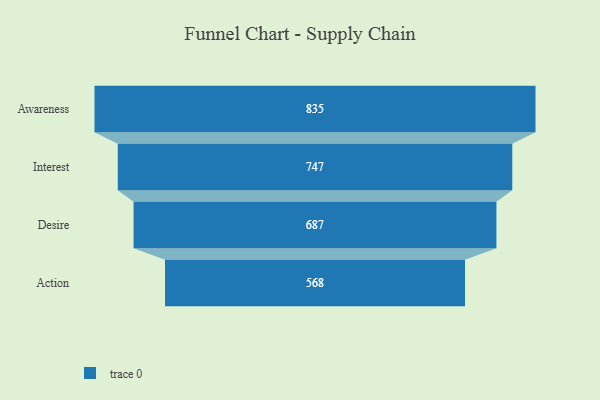
{"axis": {"x": "Stage", "y": "Value"}, "legend": [""], "data": [{"x": "Awareness", "y": 835.0, "type": ""}, {"x": "Interest", "y": 747.0, "type": ""}, {"x": "Desire", "y": 687.0, "type": ""}, {"x": "Action", "y": 568.0, "type": ""}]}